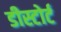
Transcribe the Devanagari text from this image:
डीस्टोर्ट